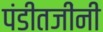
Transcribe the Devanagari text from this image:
पंडीतजींनी